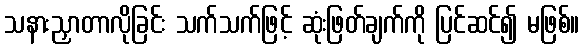
သနားညှာတာလိုခြင်း သက်သက်ဖြင့် ဆုံးဖြတ်ချက်ကို ပြင်ဆင်၍ မဖြစ်။